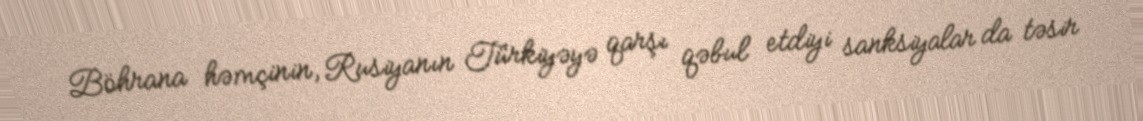
Böhrana həmçinin, Rusiyanın Türkiyəyə qarşı qəbul etdiyi sanksiyalar da təsir